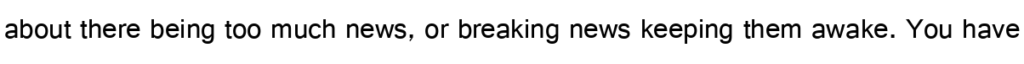
about there being too much news, or breaking news keeping them awake. You have